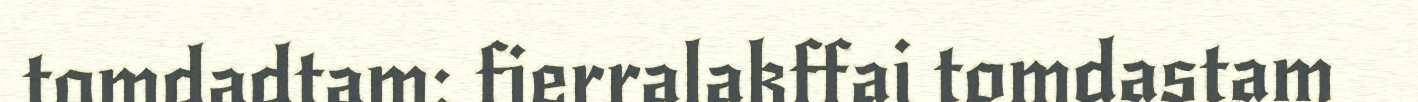
tomdadtam: fierralakffai tomdastam